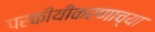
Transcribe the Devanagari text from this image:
परकीयीकरणाच्या